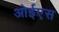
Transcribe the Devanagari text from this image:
ओईएस